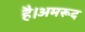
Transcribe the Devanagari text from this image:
है।अमरूद